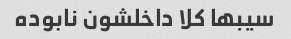
سیبها کلا داخلشون نابوده